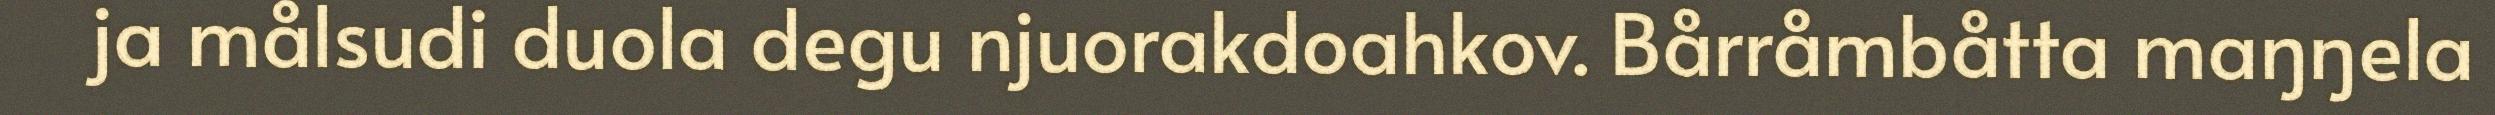
ja målsudi duola degu njuorakdoahkov. Bårråmbåtta maŋŋela